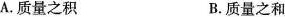
A.质量之积 B.质量之和